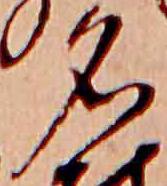
名